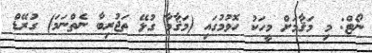
ނޯޓް: މި މަޤާމަށް މީހަކު ހޮވުމުގައި (މަޤާމާ ގުޅޭ ތަޖުރިބާ ނެތްނަމަ) ގުރޭޑް